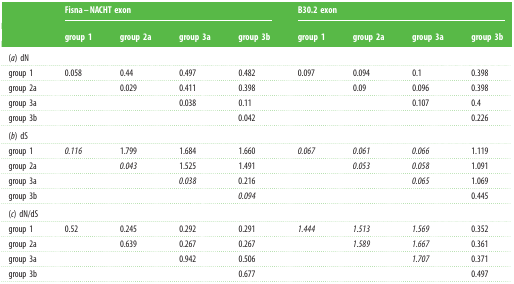
|  | <COLSPAN=4> Fisna–NACHT exon | <COLSPAN=4> B30.2 exon |
 |  | group 1 | group 2a | group 3a | group 3b | group 1 | group 2a | group 3a | group 3b |
 | --- | --- | --- | --- | --- | --- | --- | --- | --- |
 | <COLSPAN=9> (a) dN |
 | group 1 | 0.058 | 0.44 | 0.497 | 0.482 | 0.097 | 0.094 | 0.1 | 0.398 |
 | group 2a |  | 0.029 | 0.411 | 0.398 |  | 0.09 | 0.096 | 0.398 |
 | group 3a |  |  | 0.038 | 0.11 |  |  | 0.107 | 0.4 |
 | group 3b |  |  |  | 0.042 |  |  |  | 0.226 |
 | <COLSPAN=9> (b) dS |
 | group 1 | 0.116 | 1.799 | 1.684 | 1.660 | 0.067 | 0.061 | 0.066 | 1.119 |
 | group 2a |  | 0.043 | 1.525 | 1.491 |  | 0.053 | 0.058 | 1.091 |
 | group 3a |  |  | 0.038 | 0.216 |  |  | 0.065 | 1.069 |
 | group 3b |  |  |  | 0.094 |  |  |  | 0.445 |
 | <COLSPAN=9> (c) dN/dS |
 | group 1 | 0.52 | 0.245 | 0.292 | 0.291 | 1.444 | 1.513 | 1.569 | 0.352 |
 | group 2a |  | 0.639 | 0.267 | 0.267 |  | 1.589 | 1.667 | 0.361 |
 | group 3a |  |  | 0.942 | 0.506 |  |  | 1.707 | 0.371 |
 | group 3b |  |  |  | 0.677 |  |  |  | 0.497 |